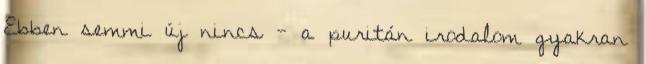
Ebben semmi új nincs - a puritán irodalom gyakran